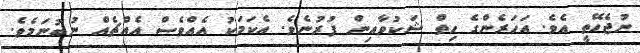
ނުޖެހޭތީ އެވެ. އަހަރެންގެ ހިތް ޝަކުވާއިން ފުރުނެވެ. އެކަމަކު އެއްވެސް އެއްޗެއް ނުބުނަމެވެ.